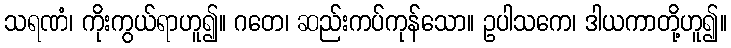
သရဏံ၊ ကိုးကွယ်ရာဟူ၍။ ဂတေ၊ ဆည်းကပ်ကုန်သော။ ဥပါသကေ၊ ဒါယကာတို့ဟူ၍။